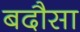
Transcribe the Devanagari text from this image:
बदौसा